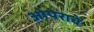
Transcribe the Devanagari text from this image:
ओपेराचे